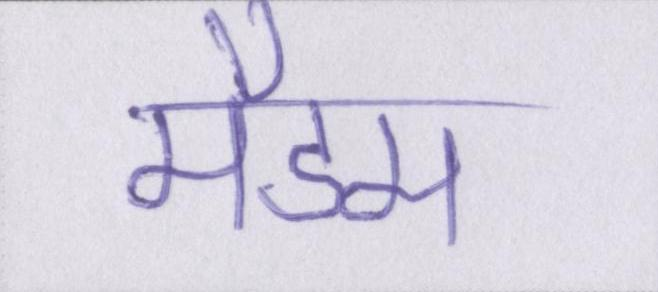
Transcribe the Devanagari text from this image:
मैडम